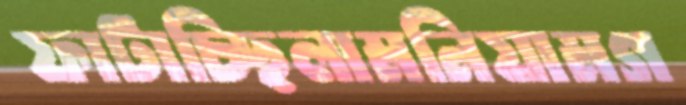
ফাটাচ্ছিলামনিয়ামগ